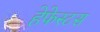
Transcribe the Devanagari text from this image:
हेफेस्टस